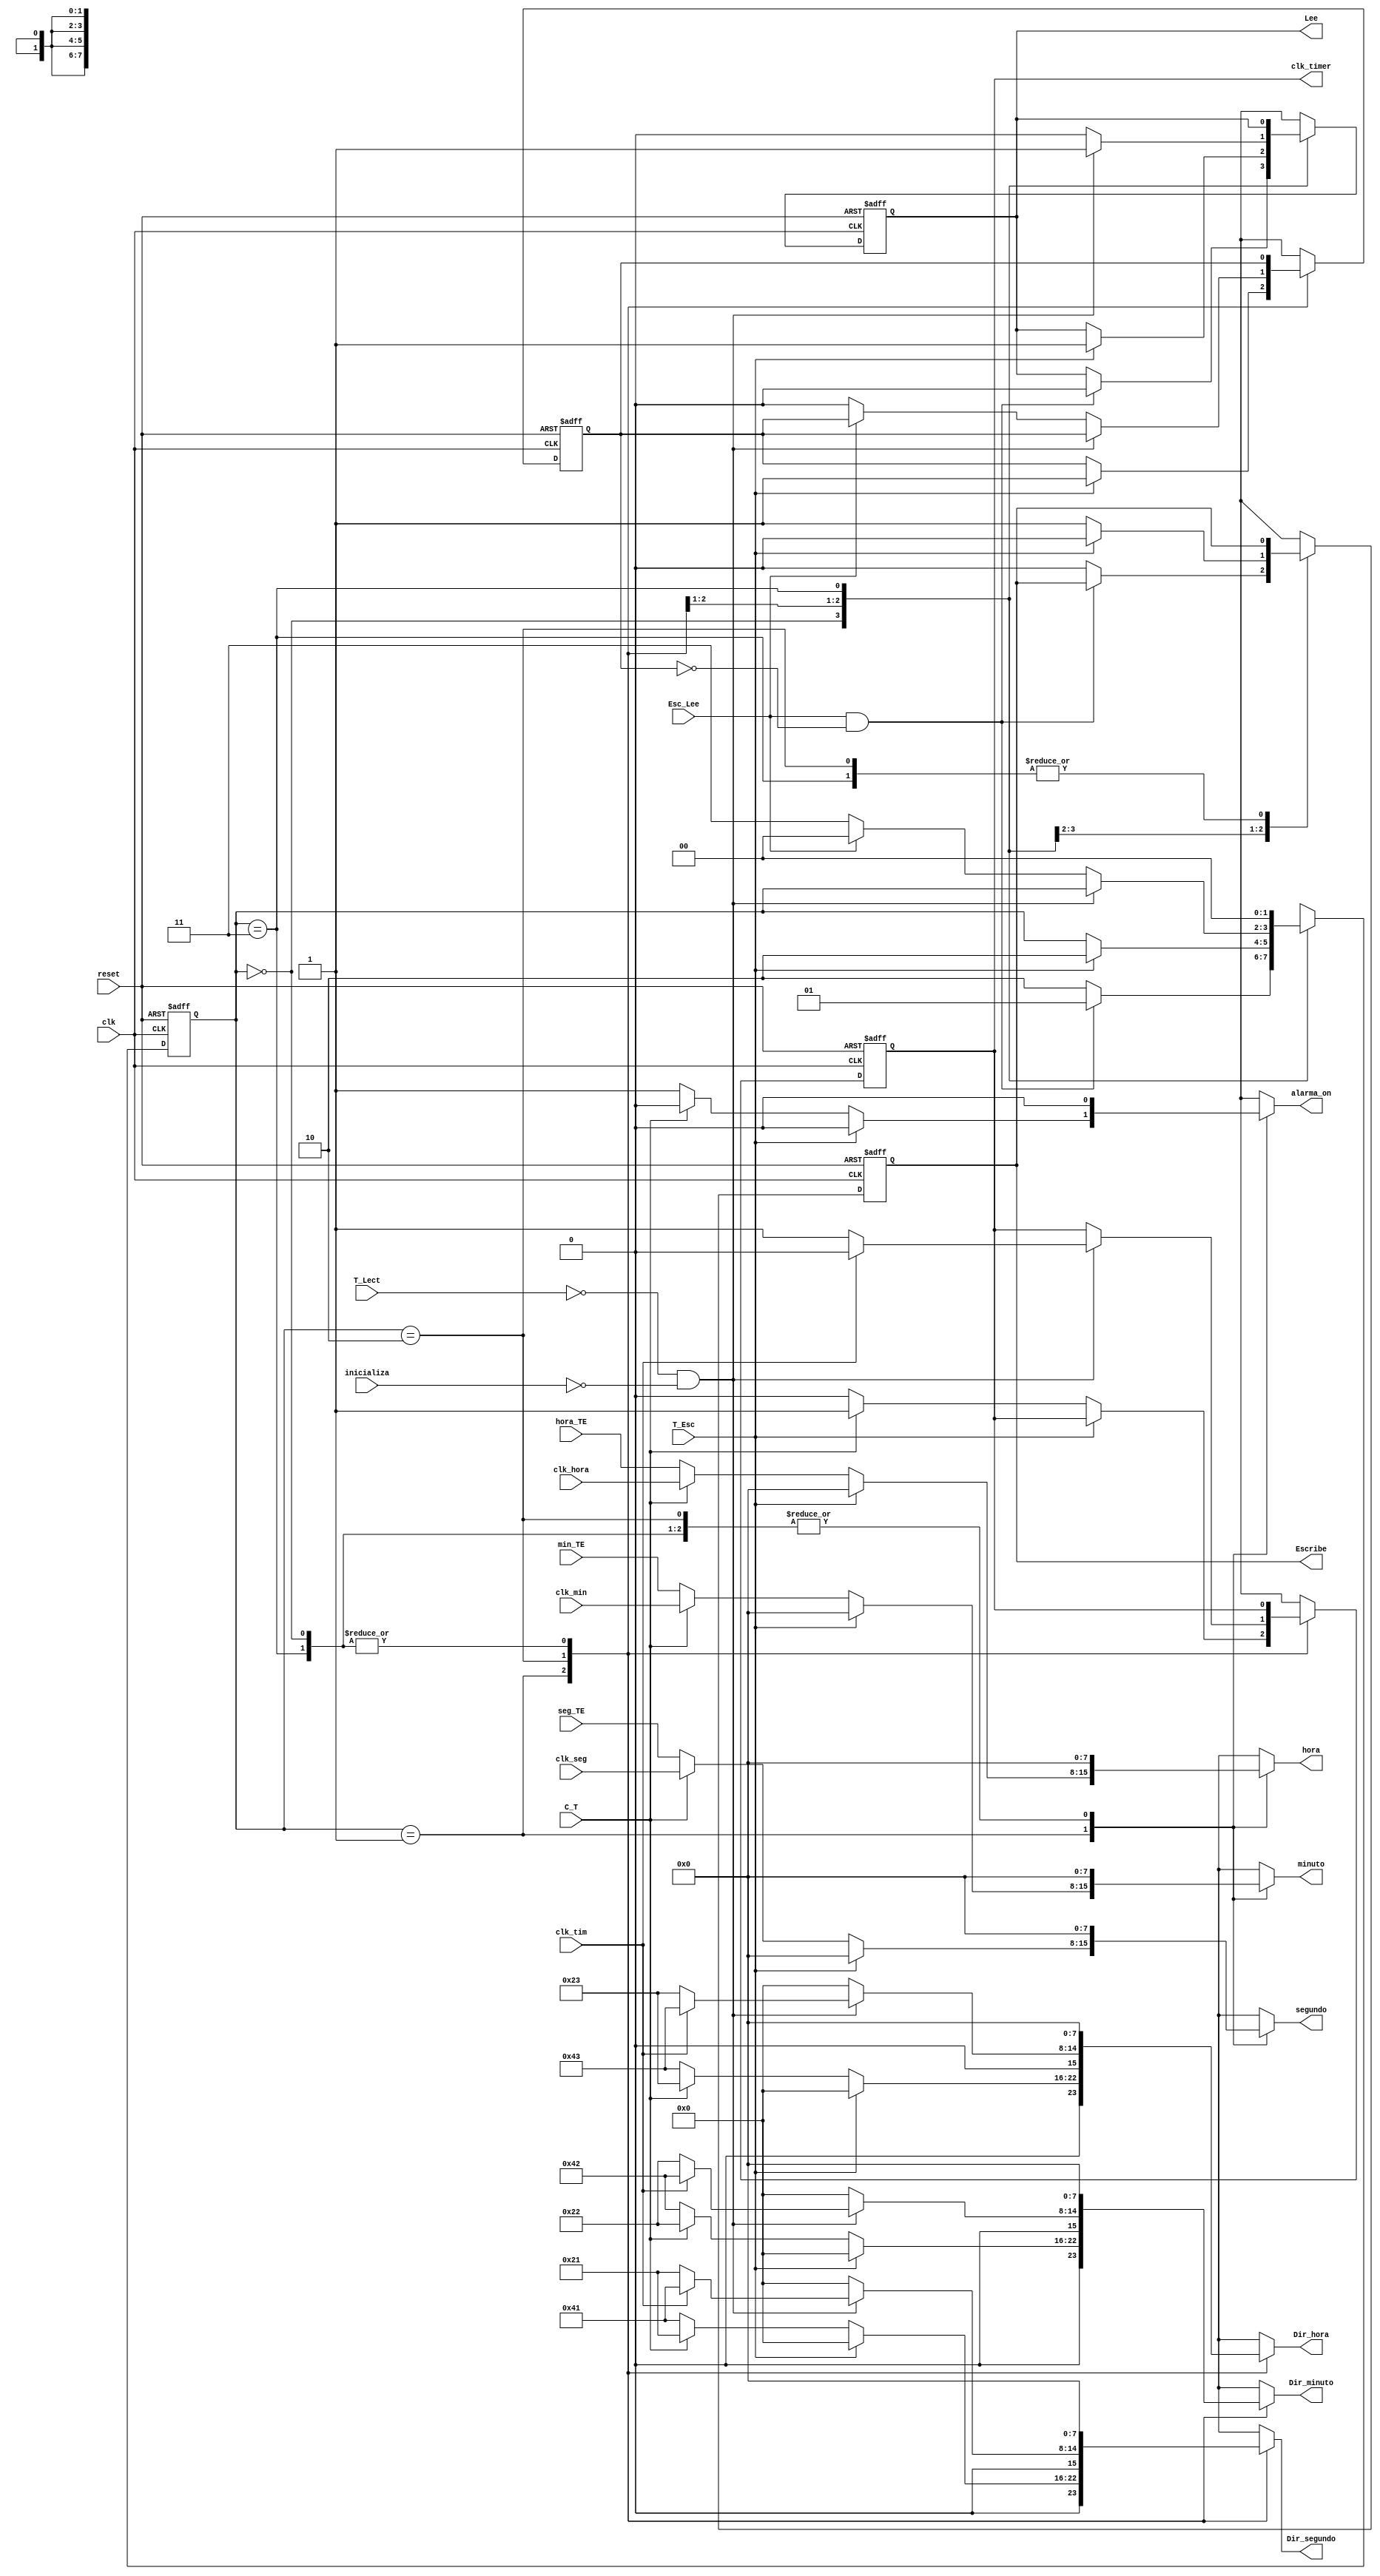
`timescale 1ns / 1ps
//////////////////////////////////////////////////////////////////////////////////
// Company: 
// Engineer: 
// 
// Design Name: 
// Module Name:    Maquina_Principal 
// Project Name: 
// Target Devices: 
// Tool versions: 
// Description: 
//
// Dependencies: 
//
// Revision: 
// Revision 0.01 - File Created
// Additional Comments: 
//
//////////////////////////////////////////////////////////////////////////////////
module Maquina_Principal(input wire  clk, reset, 
T_Esc, T_Lect,			//banderas para indicarle a la maquina que se termino de escribir o leer
C_T,						//switch q indica a la maquina si esta escribiendo timer o clk, viene de un swt del top
clk_tim,					//bandera q indica a la maquina si esta leyendo timer o clk, viene de la maq de lect
Esc_Lee,					//boton para saber si escribe o se mantiene leyendo, un btn del top 
inicializa,
input wire [7:0] clk_seg,clk_min,clk_hora,seg_TE,min_TE,hora_TE, 	//datos que vienen del mod en el que el usuario ingresa los valores
output wire Escribe, Lee,	// banderas que van a las maq de esc y lect respectivamente, son enable del proceso
clk_timer,
output reg alarma_on,						// bandera que va a esc y lect para indicar si el proceso es del timer o del clock
output reg [7:0] segundo, minuto, hora,	// datos de escritura del clk
Dir_hora,Dir_minuto,Dir_segundo				// direcciones para la escritura del clk y timer
    );

/// Variables del control de la maquina de estados///
	 
localparam [1:0] 	s0 = 2'b00, 
						s1 = 2'b01,
						s2 = 3'b10,
						s3 = 2'b11;

/// contador del control de la maquina de estados///		

reg [1:0] ctrl_maquina, ctrl_maquina_next;				

/// creacion de registros para las variables de salida ///////
		
reg E_Esc_reg,E_Esc_next;
reg E_Lect_reg, E_Lect_next,clk_timer_next,clk_timer_reg;
reg Bandera_escritura,Bandera_escritura_next;

// inicializacion de los registros a utlizar de las variables

always @( posedge clk, posedge reset)
	if (reset)begin
			ctrl_maquina <= 0;
			E_Esc_reg <= 0;
			E_Lect_reg <= 0;
			clk_timer_reg <= 0;
			Bandera_escritura <=0;
	end
	else begin
			ctrl_maquina <= ctrl_maquina_next;
			E_Esc_reg <= E_Esc_next;
			E_Lect_reg <= E_Lect_next;
			clk_timer_reg <= clk_timer_next;
			Bandera_escritura <=Bandera_escritura_next;
	end
	
// Maquina de estados

always@*
       begin
        ctrl_maquina_next = ctrl_maquina;
		  E_Esc_next = E_Esc_reg;
		  E_Lect_next = E_Lect_reg;
		  clk_timer_next = clk_timer_reg;
		  segundo = 0;
		  minuto = 0;
		  hora = 0;
		  Dir_segundo = 0;
		  Dir_minuto = 0;
		  Dir_hora = 0;
		  	alarma_on = 0;
		  Bandera_escritura_next = Bandera_escritura;
	//////////////////// Maquina de estados ////////////////////////	 
      case (ctrl_maquina)
           
	/////Estado inicial, si se activa la opcion de escritura va al estd de escr, sino se mentiene leyendo datos
							
			  s0 : begin
			
					if (Esc_Lee && ~Bandera_escritura) begin
						E_Lect_next = 0; 
                  ctrl_maquina_next = s1; end
               else begin
						 clk_timer_next = clk_timer_next;
						 E_Esc_next = 0;
						 E_Lect_next = E_Lect_next;
                   ctrl_maquina_next = s2; end
				end
						
		//Estado de escritura, hay dos posibles datos a escribir, los del timer o los del Clock
		//C_T si es verdadera escribe en clock, sino en timer.. Esta determina los valores a enviar a escribir
		// los del timer o los del clock, envia direcciones de min, hora, seg y datos de los mismos
		// los otros datos y direcciones ingresan directamente a la de escritura o son fijos ya.	
		
			s1 : begin
								
						if (~T_Esc) begin
							E_Esc_next = 1;
							if (C_T) begin
								//Datos y direcciones del clock
								E_Esc_next = 1;
								clk_timer_next = 1; // Variable que indica que esta escribiendo
								segundo = clk_seg;   //Datos a enviar a la RAM Clock
								minuto = clk_min;
								hora = clk_hora;
								Dir_hora = 8'b00100011;  //Dir RAM Clock
								Dir_minuto = 8'b00100010;
								Dir_segundo = 8'b00100001;
								alarma_on = 0;
								end
							else begin
								//Datos y direcciones del timer
								clk_timer_next = 0;
								alarma_on = 1;
								segundo = seg_TE;    //Datos a enviar a la  RAM Clock
								minuto = min_TE;
								E_Esc_next = 1;
								hora = hora_TE;
								Dir_hora = 8'b01000011;  //Dir RAM timer
								Dir_minuto = 8'b01000010;
								Dir_segundo = 8'b01000001;
								end end
						else begin
							 ctrl_maquina_next = s2;
							 Bandera_escritura_next = 1;
							 E_Lect_next = 1;
							 E_Esc_next = 0;
							end	
					end
							
			//Estado de lectura, hay dos posibles datos a leer, los del timer o los del Clock
			//C_T si es verdadera lee en clock, sino en timer.. Esta determina las direcciones a leer
			// los del timer o los del clock, envia direcciones de min, hora, seg 
			// las otras direcciones ingresan directamente a la de lectura o son fijos ya.
			
			s2: begin
		
					E_Lect_next = 1;
					if (~T_Lect && ~inicializa) begin
						alarma_on = 0;
						E_Lect_next = 1;
						if (~clk_tim) begin
							clk_timer_next = 1;  // Variable que indica que variables esta leyendo
							Dir_hora = 8'b00100011; //Dir RAM Clock
							Dir_minuto = 8'b00100010;
							Dir_segundo = 8'b00100001;
							end
						else begin
							clk_timer_next = 0;
							Dir_hora = 8'b01000011; //Dir RAM timer
							Dir_minuto = 8'b01000010;
							Dir_segundo = 8'b01000001;
							end end
               else if (Esc_Lee)begin
                   ctrl_maquina_next = s0;
						 E_Lect_next = 0;
						end	
					else begin
                   ctrl_maquina_next = s3;
						 Bandera_escritura_next = 0;
						 E_Lect_next = 0;
						end	
				end
						
				/// estado no usado	
				
					s3: begin ctrl_maquina_next = s0;
						alarma_on = 0;
			end
			/// estado de default
				default : ctrl_maquina_next = s0;	
			endcase
		end
  //////////// asignacio de las variables de control de las maquinas de escritura y lectura/////////////
		assign Lee = E_Lect_reg;   
		assign Escribe = E_Esc_reg;
		assign clk_timer = clk_timer_reg;
endmodule